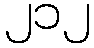
၂၁၂